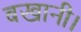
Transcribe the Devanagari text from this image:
बखानी।